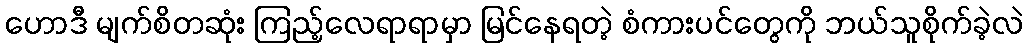
ဟောဒီ မျက်စိတဆုံး ကြည့်လေရာရာမှာ မြင်နေရတဲ့ စံကားပင်တွေကို ဘယ်သူစိုက်ခဲ့လဲ